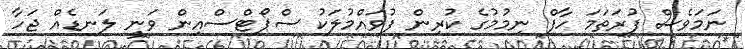
ނަމަވެސް ފުރަތަމަ ހާފް ނިމުމުގެ ކުރިން ފުވައްމުލަކު ސްޕޯޓްސްއިން ވަނީ ލަނޑެއް ޖަހާ